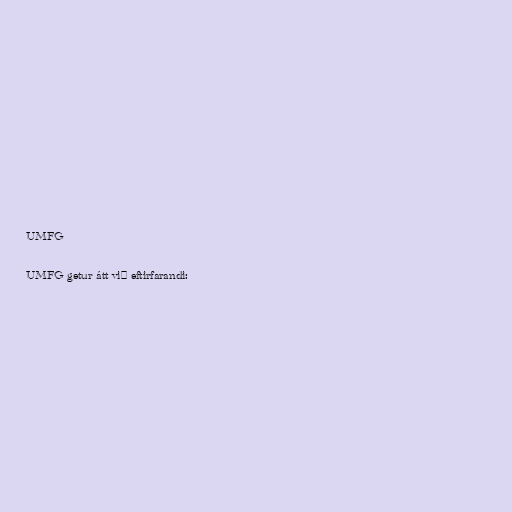
UMFG

UMFG getur átt við eftirfarandi: